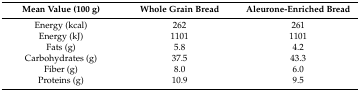
| Mean Value (100 g) | Whole Grain Bread | Aleurone-Enriched Bread |
 | --- | --- | --- |
 | Energy (kcal) | 262 | 261 |
 | Energy (kJ) | 1101 | 1101 |
 | Fats (g) | 5.8 | 4.2 |
 | Carbohydrates (g) | 37.5 | 43.3 |
 | Fiber (g) | 8.0 | 6.0 |
 | Proteins (g) | 10.9 | 9.5 |